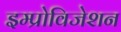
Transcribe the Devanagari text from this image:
इम्प्रोविजेशन